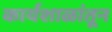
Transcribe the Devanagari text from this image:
कार्यशाळांतून